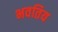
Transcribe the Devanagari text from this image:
भवतिय